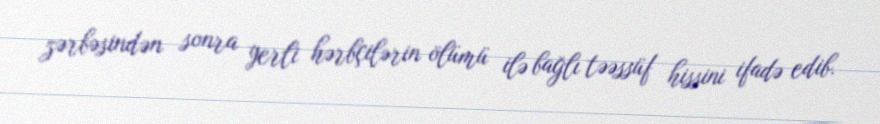
zərbəsindən sonra yerli hərbçilərin ölümü ilə bağlı təəssüf hissini ifadə edib.